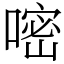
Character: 嘧